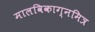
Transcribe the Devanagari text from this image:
मालविकाग्नमित्र